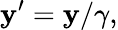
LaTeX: \mathbf{y}^{\prime}=\mathbf{y}/\gamma,